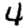
Digit: 4